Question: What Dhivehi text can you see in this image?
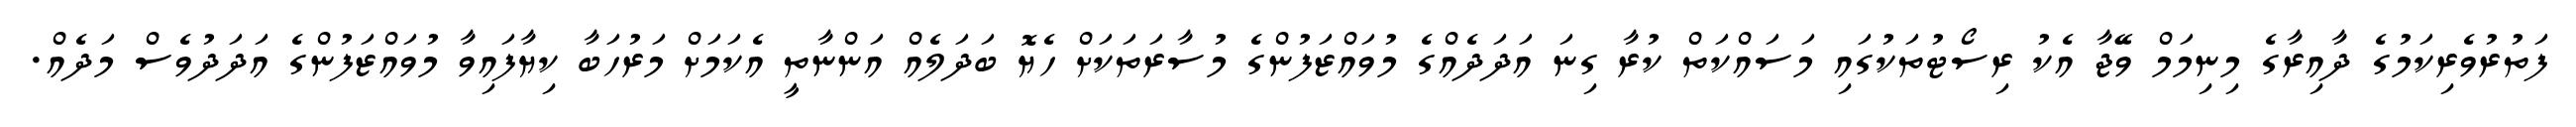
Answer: ފަތުރުވެރިކަމުގެ ދާއިރާގެ މިނިމަމް ވޭޖާ އެކު ރިސޯޓުތަކުގައި މަސައްކަތް ކުރާ ގިނަ އަދަދެއްގެ މުވައްޒަފުންގެ މުސާރަތަކަށް ހެޔޮ ބަދަލެއް އަންނާތީ އެކަމަށް މަރުހަބާ ކިޔާފައިވާ މުވައްޒަފުންގެ އަދަދުވެސް މަދެއް.